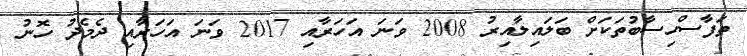
ތަފާސްހިސާބުތަކަށް ބަލައިލާއިރު 2008 ވަނަ އަހަރާއި 2017 ވަނަ އަހަރާއި ދެމެދު ހޮނު